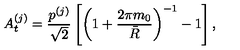
A _ { t } ^ { ( j ) } = { \frac { p ^ { ( j ) } } { \sqrt 2 } } \left[ \left( 1 + { \frac { 2 \pi m _ { 0 } } { \bar { R } } } \right) ^ { - 1 } - 1 \right] ,